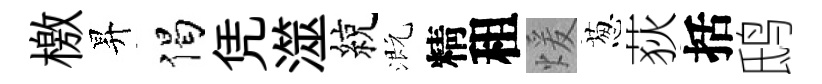
檄昇偈凭澨綂溉精租煖葱荻括鸱